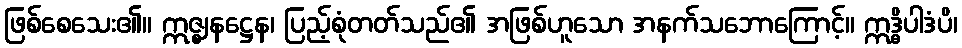
ဖြစ်စေသေး၏။ ဣဇ္ဈနဋ္ဌေန၊ ပြည့်စုံတတ်သည်၏ အဖြစ်ဟူသော အနက်သဘောကြောင့်။ ဣဒ္ဓိပါဒံပိ၊